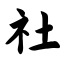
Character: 社